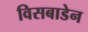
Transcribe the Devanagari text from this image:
विसबाडेन